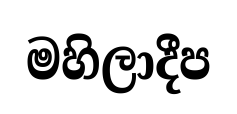
මහිලාදීප